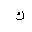
Letter: _kaf